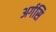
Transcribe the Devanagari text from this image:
अर्गसि